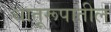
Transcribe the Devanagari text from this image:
धातूरूपातील